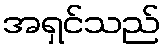
အရှင်သည်